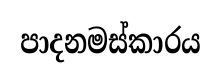
පාදනමස්කාරය